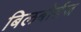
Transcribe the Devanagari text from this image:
बिलबोर्डज